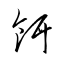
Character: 餌